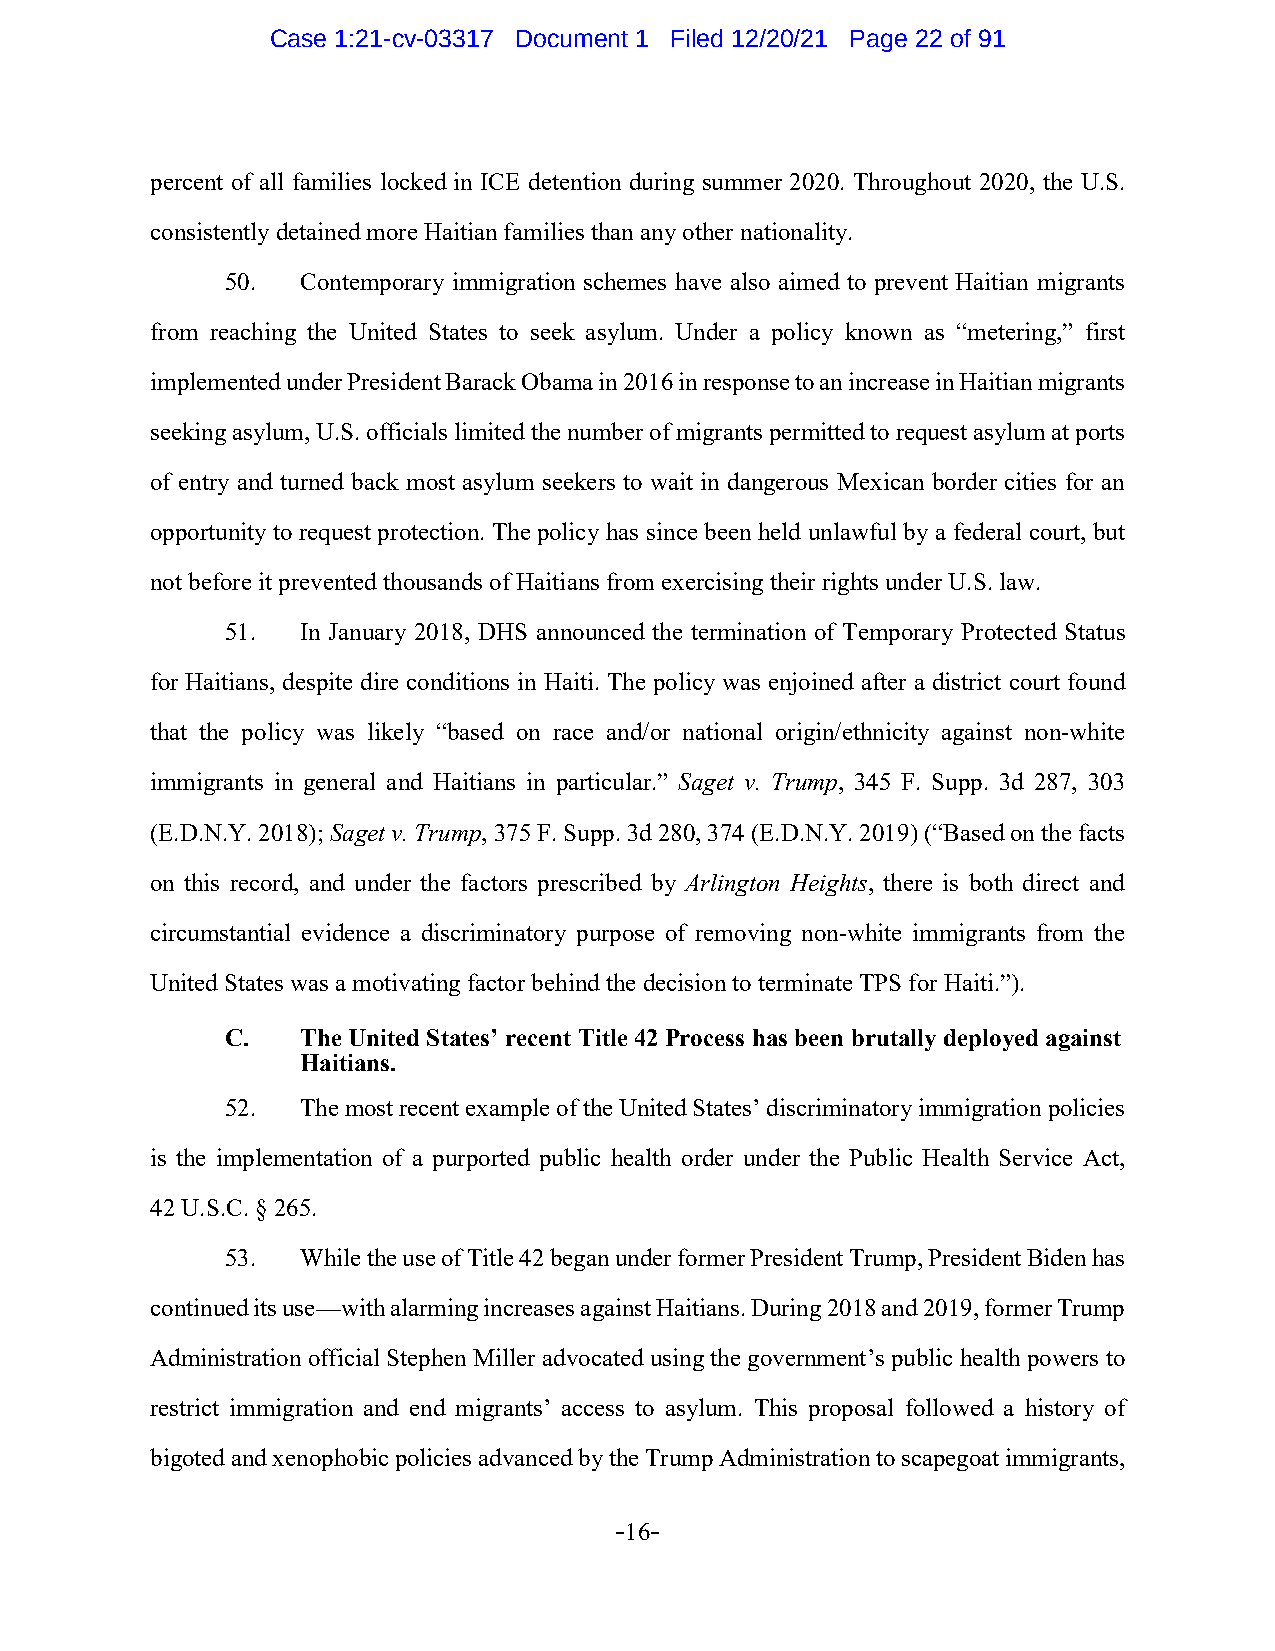
Case 1:21-cv-03317 Document 1 Filed 12/20/21 Page 22 of 91
 percent of all families locked in ICE detention during summer 2020. Throughout 2020, the U.S.
 consistently detained more Haitian families than any other nationality.
 50.  Contemporary immigration schemes have also aimed to prevent Haitian migrants
 from reaching the United States to seek asylum. Under a policy known as “metering,” first
 implemented under President Barack Obama in 2016 in response to an increase in Haitian migrants
 seeking asylum, U.S. officials limited the number of migrants permitted to request asylum at ports
 of entry and turned back most asylum seekers to wait in dangerous Mexican border cities for an
 opportunity to request protection. The policy has since been held unlawful by a federal court, but
 not before it prevented thousands of Haitians from exercising their rights under U.S. law.
 51.  In January 2018, DHS announced the termination of Temporary Protected Status
 for Haitians, despite dire conditions in Haiti. The policy was enjoined after a district court found
 that the policy was likely “based on race and/or national origin/ethnicity against non-white
 immigrants in general and Haitians in particular.” Saget v. Trump, 345 F. Supp. 3d 287, 303
 (E.D.N.Y. 2018); Saget v. Trump, 375 F. Supp. 3d 280, 374 (E.D.N.Y. 2019) (“Based on the facts
 on this record, and under the factors prescribed by Arlington Heights, there is both direct and
 circumstantial evidence a discriminatory purpose of removing non-white immigrants from the
 United States was a motivating factor behind the decision to terminate TPS for Haiti.”).
 C.   The United States’ recent Title 42 Process has been brutally deployed against
 Haitians.
 52.  The most recent example of the United States’ discriminatory immigration policies
 is the implementation of a purported public health order under the Public Health Service Act,
 42 U.S.C. § 265.
 53.  While the use of Title 42 began under former President Trump, President Biden has
 continued its use—with alarming increases against Haitians. During 2018 and 2019, former Trump
 Administration official Stephen Miller advocated using the government’s public health powers to
 restrict immigration and end migrants’ access to asylum. This proposal followed a history of
 bigoted and xenophobic policies advanced by the Trump Administration to scapegoat immigrants,
 -16-